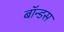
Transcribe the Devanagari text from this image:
बॉन्डस